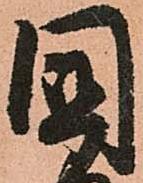
國